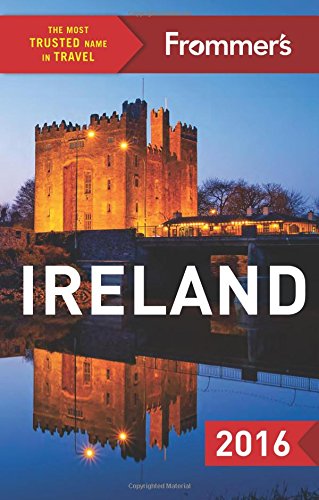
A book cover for Frommer's Ireland 2016 (Color Complete Guide); Jack Jewers; Travel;